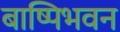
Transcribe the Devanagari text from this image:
बाष्पिभवन